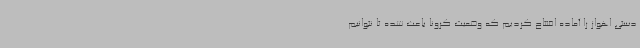
دستی اهواز را آماده افتتاح کردیم که وضعیت کرونا باعث شده تا نتوانیم